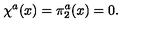
\chi ^ { a } ( x ) = \pi _ { 2 } ^ { a } ( x ) = 0 .